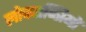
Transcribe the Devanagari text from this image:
लोकतन्त्रियों